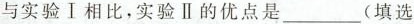
与实验Ⅰ相比，实验Ⅱ的优点是___(填选